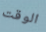
الوقت